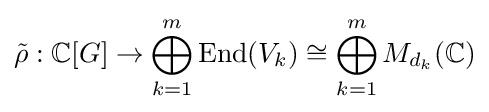
{\tilde {\rho }}:\mathbb {C} [G]\to \bigoplus _{k=1}^{m}\mathrm {End} (V_{k})\cong \bigoplus _{k=1}^{m}M_{d_{k}}(\mathbb {C} )